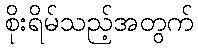
စိုးရိမ်သည့်အတွက်